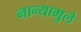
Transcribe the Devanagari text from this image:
नान्यामुले